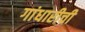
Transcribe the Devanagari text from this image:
गांधारीची